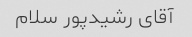
آقای رشیدپور سلام